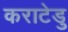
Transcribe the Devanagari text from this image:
कराटेडु